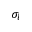
\sigma _ { l }